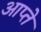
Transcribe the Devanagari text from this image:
आप्ते